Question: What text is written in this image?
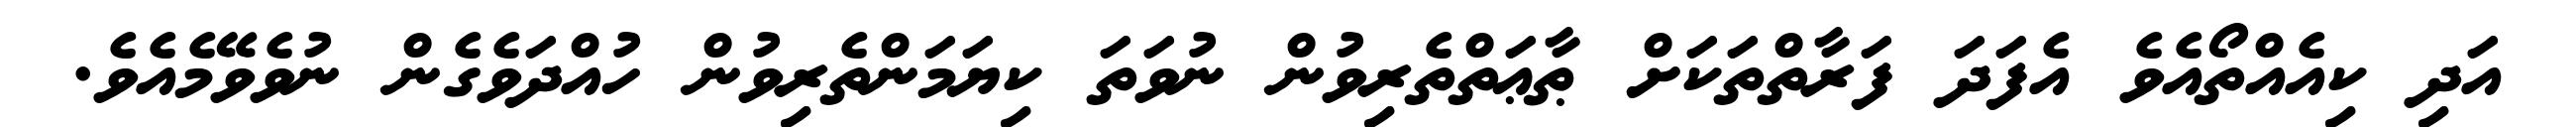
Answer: އަދި ކިއެއްތޯއެވެ އެފަދަ ފަރާތްތަކަށް ޠާޢަތްތެރިވުން ނުވަތަ ކިޔަމަންތެރިވުން ހުއްދަވެގެން ނުވެވޭމެއެވެ.